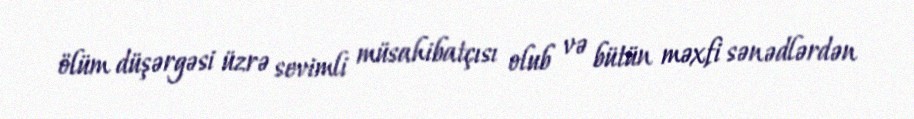
ölüm düşərgəsi üzrə sevimli müsahibatçısı olub və bütün məxfi sənədlərdən